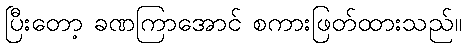
ပြီးတော့ ခဏကြာအောင် စကားဖြတ်ထားသည်။